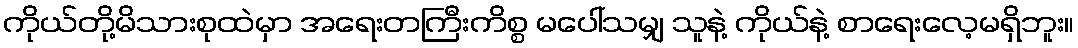
ကိုယ်တို့မိသားစုထဲမှာ အရေးတကြီးကိစ္စ မပေါ်သမျှ သူနဲ့ ကိုယ်နဲ့ စာရေးလေ့မရှိဘူး။